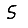
Digit: 5